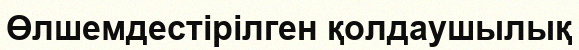
Өлшемдестірілген қолдаушылық